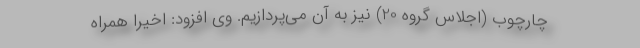
چارچوب (اجلاس گروه 20) نیز به آن می‌پردازیم. وی افزود: اخیرا همراه